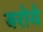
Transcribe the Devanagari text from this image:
बरोये